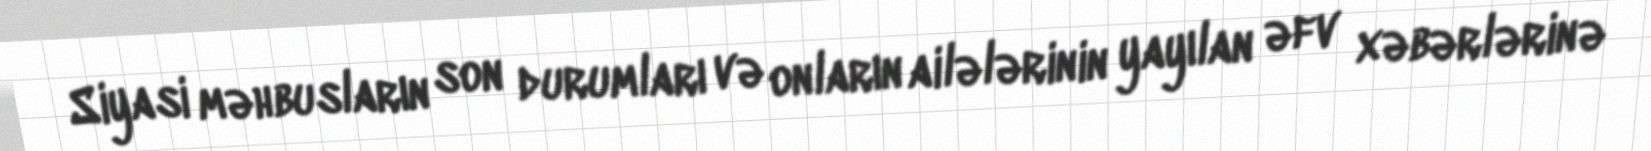
Siyasi məhbusların son durumları və onların ailələrinin yayılan əfv xəbərlərinə